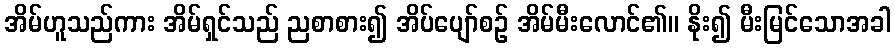
အိမ်ဟူသည်ကား အိမ်ရှင်သည် ညစာစား၍ အိပ်ပျော်စဉ် အိမ်မီးလောင်၏။ နိုး၍ မီးမြင်သောအခါ